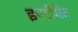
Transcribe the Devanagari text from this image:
इण्टीग्रेट